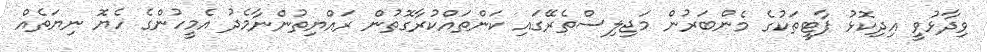
ވިދާޅުވީ އިދިކޮޅު ޕާޓީތަކުގެ މެންބަރުން މަޖިލިސްތެރޭގައި ކަންތައްކުރާގޮތުން ރައްޔިތުންނާމެދު އެމީހުންގެ ހެޔޮ ނިޔަތެއް